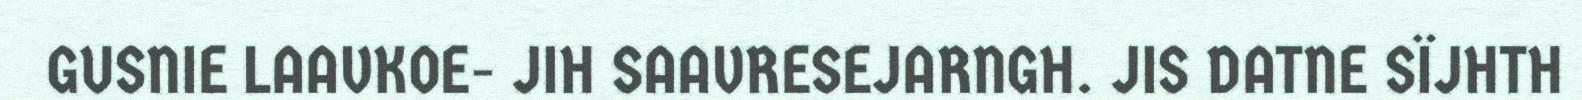
GUSNIE LAAVKOE- JIH SAAVRESEJARNGH. JIS DATNE SÏJHTH